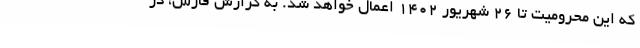
که این محرومیت تا 26 شهریور 1402 اعمال خواهد شد. به گزارش فارس، در